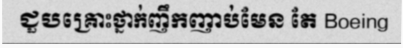
ជួបគ្រោះថ្នាក់ញឹកញាប់មែន តែ Boeing